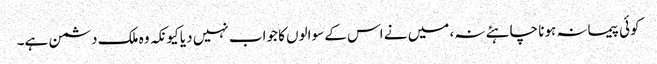
کوئی پیمانہ ہونا چاہئے نہ، میں نے اس کے سوالوں کا جواب نہیں دیا کیونکہ وہ ملک دشمن ہے۔